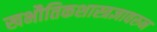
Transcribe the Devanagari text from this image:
खभौतिकशास्त्रज्ञावरुन